Medical and sanitary report on the native army of Bombay for the year
Year: 1879
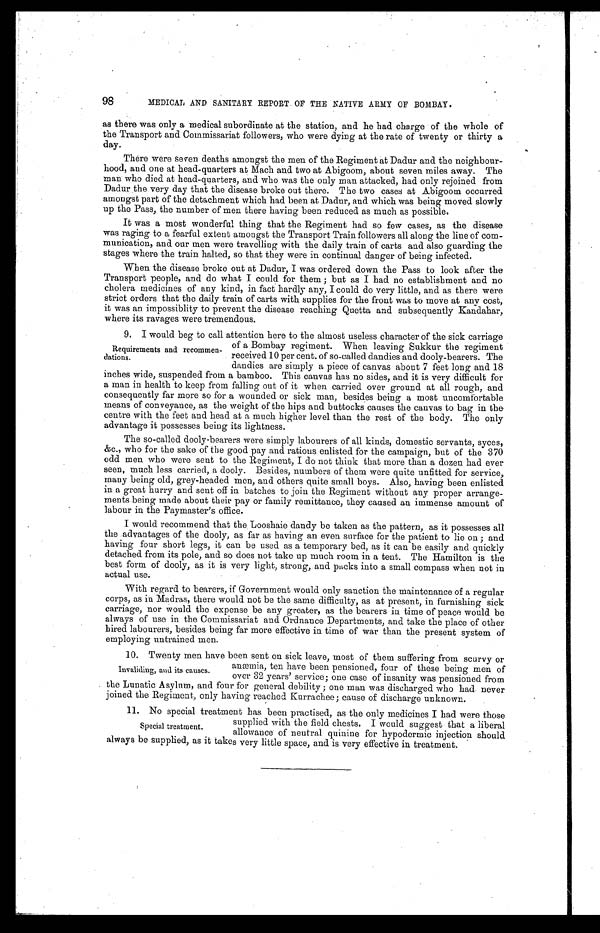
98
MEDICAL AND SANITARY REPORT OF THE NATIVE ARMY OF BOMBAY.
as there was only a medical subordinate at the station, and he had charge of the whole of
the Transport and Commissariat followers, who were dying at the rate of twenty or thirty a
day.
There were seven deaths amongst the men of the Regiment at Dadur and the neighbour-
hood, and one at head-quarters at Mach and two at Abigoom, about seven miles away. The
man who died at head-quarters, and who was the only man attacked, had only rejoined from
Dadur the very day that the disease broke out there. The two cases at Abigoom occurred
amongst part of the detachment which had been at Dadur, and which was being moved slowly
up the Pass, the number of men there having been reduced as much as possible.
It was a most wonderful thing that the Regiment had so few cases, as the disease
was raging to a fearful extent amongst the Transport Train followers all along the line of com-
muni cati on, and our men were travel l i ng wi th the dai l y trai n of carts and al so guardi ng the
stages where the train halted, so that they were in continual danger of being infected.
When the disease broke out at Dadur, I was ordered down the Pass to look after the
Transport people, and do what I could for them; but as I had no establishment and no
cholera medicines of any kind, in fact hardly any, I could do very little, and as there were
strict orders that the daily train of carts with supplies for the front was to move at any cost,
it was an impossiblity to prevent the disease reaching Quetta and subsequently Kandahar,
where its ravages were tremendous.
9. I would beg to call attention here to the almost useless character of the sick carriage
of a Bombay regiment. When leaving Sukkur the regiment
received 10 per cen., of so-called dandies and dooly-bearers. The
dandies are simply a piece of canvas about 7 feet long and 18
inches wide, suspended from a bamboo. This canvas has no sides, and it is very difficult for
a man in health to keep from falling out of it when carried over ground at all rough, and
consequently far more so for a wounded or sick man, besides being a most uncomfortable
means of conveyance, as the weight of the hips and buttocks causes the canvas to bag in the
centre with the feet and head at a much higher level than the rest of the body. The only
advantage it possesses being its lightness.
The so-called dooly-bearers were simply labourers of all kinds, domestic servants, syces,
&c., who for the sake of the good pay and rations enlisted for the campaign, but of the 370
odd men who were sent to the Regiment, I do not think that more than a dozen had ever
seen, much less carried, a dooly. Besides, numbers of them were quite unfitted for service,
many being old, grey-headed men, and others quite small boys. Also, having been enlisted
in a great hurry and sent off in batches to join the Regiment without any proper arrange-
ments being made about their pay or family remittance, they caused an immense amount of
labour in the Paymaster's office.
I would recommend that the Looshaie dandy be taken as the pattern, as it possesses all
the advantages of the dooly, as far as having an even surface for the patient to lie on; and
having four short legs, it can be used as a temporary bed, as it can be easily and quickly
detached from its pole, and so does not take up much room in a tent. The Hamilton is the
best form of dooly, as it is very light, strong, and packs into a small compass when not in
actual use.
With regard to bearers, if Government would only sanction the maintenance of a regular
corps, as in Madras, there would not be the same difficulty, as at present, in furnishing sick
carriage, nor would the expense be any greater, as the bearers in time of peace would be
always of use in the Commissariat and Ordnance Departments, and take the place of other
hired labourers, besides being far more effective in time of war than the present system of
employing untrained men.
10. Twenty men have been sent on sick leave, most of them suffering from scurvy or
anæmia, ten have been pensioned, four of these being men of
over 32 years' service; one case of insanity was pensioned from
the Lunatic Asylum, and four for general debility; one man was discharged who had never
joined the Regiment, only having reached Kurrachee; cause of discharge unknown.
11. No special treatment has been practised, as the only medicines I had were those
supplied with the field chests. I would suggest that a liberal
allowance of neutral quinine for hypodermic injection should
always be supplied, as it takes very little space, and is very effective in treatment..
Requirements and recommen-
dations.
Invaliding, and its causes.
Special treatment.